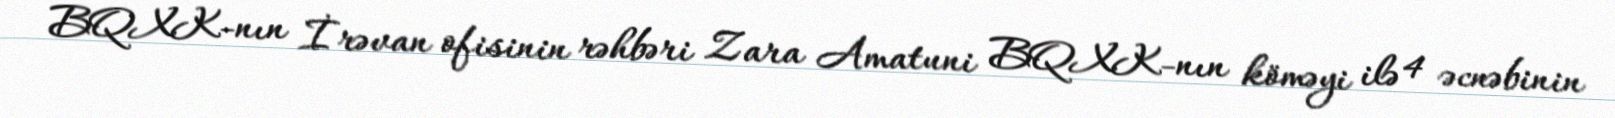
BQXK-nın İrəvan ofisinin rəhbəri Zara Amatuni BQXK-nın köməyi ilə 4 əcnəbinin